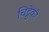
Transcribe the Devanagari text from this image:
चिट्ठेकी